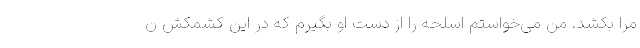
مرا بکشد. من می‌خواستم اسلحه را از دست او بگیرم که در این کشمکش ن